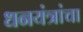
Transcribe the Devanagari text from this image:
धनयंत्रांचा